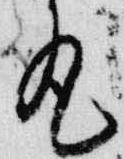
丸